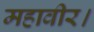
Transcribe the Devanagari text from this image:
महावीर।